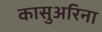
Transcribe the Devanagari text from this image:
कासुअरिना